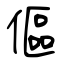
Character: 傴